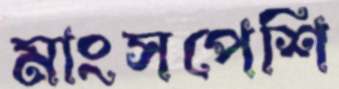
মাংসপেশি